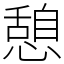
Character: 憩